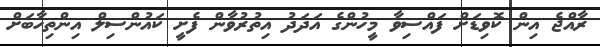
ރާއްޖެ އިން ކޮވިޑަށް ފައްސިވާ މީހުންގެ އަދަދު އިތުރުވާން ފެށީ ކައުންސިލް އިންތިހާބަށް